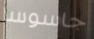
جاسوسا